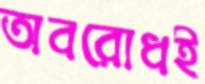
অবরোধই